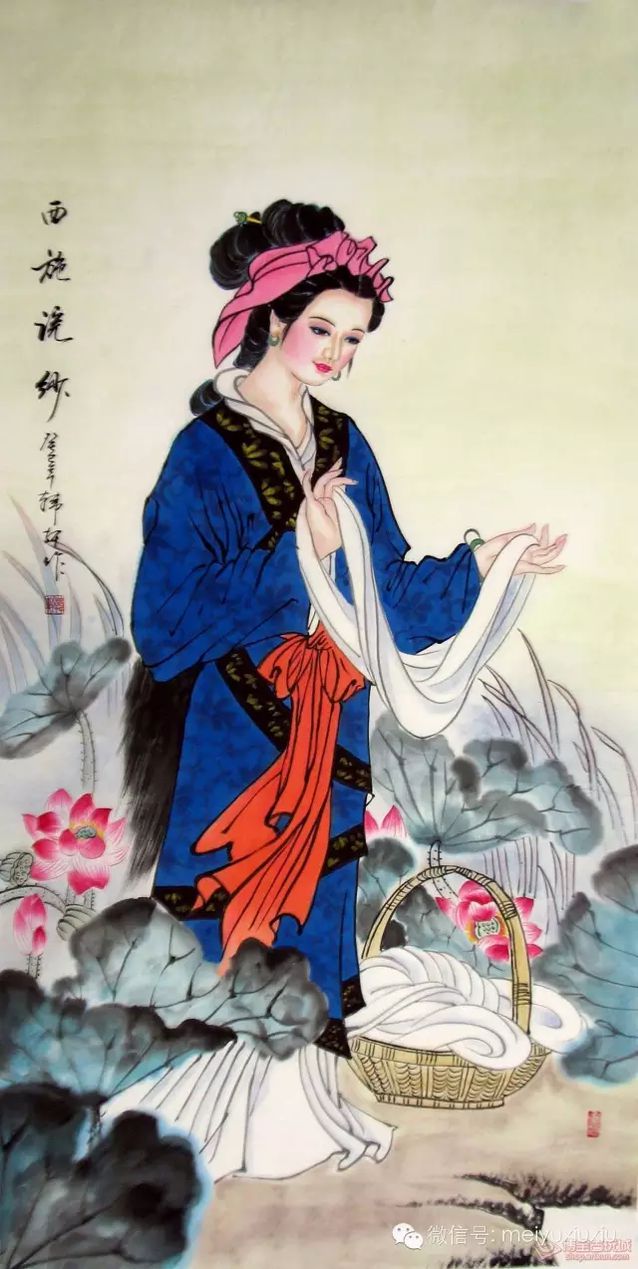
家国兴亡自有时，吴人何苦怨西施。